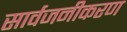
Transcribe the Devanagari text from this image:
सार्वजनीकरण